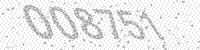
Solution: 008751